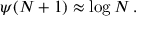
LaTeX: \psi ( N + 1 ) \approx \log N \, .